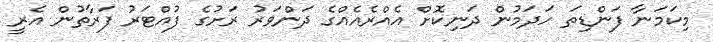
މިކަމަނާ ފަންޑިތަ ހަދަމުން ދަނިކޮށް އެއްރެއެއްގެ ދަންވަރު ރަށުގެ ފުއްޓަރު ފަރާތުން އެރީ